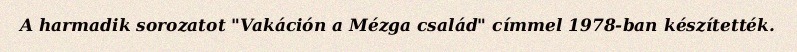
A harmadik sorozatot "Vakáción a Mézga család" címmel 1978-ban készítették.